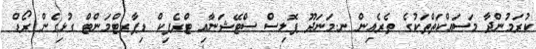
ކުރަމުންދާ މަސައްކަތްތަކުގެ ތެރެއިން ނ.މަނަދޫ ޕޮލިސް ސްޓޭޝަނާއި ޓްރެފިކް ޑިޕާރޓްމަންޓް ގުޅިގެން ރޯޑް